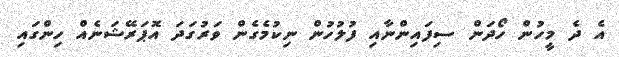
އެ ދެ މީހުން ހޯދަން ސިފައިންނާއި ފުލުހުން ނިކުމެގެން ވަރުގަދަ އޮޕަރޭޝަނެއް ހިންގައި